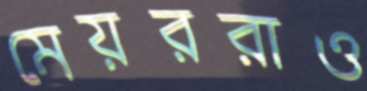
মেয়ররাও